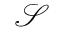
\mathcal { S }